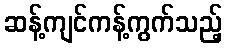
ဆန့်ကျင်ကန့်ကွက်သည့်